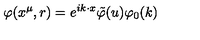
\varphi ( x ^ { \mu } , r ) = e ^ { i k \cdot x } \tilde { \varphi } ( u ) \varphi _ { 0 } ( k )